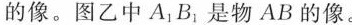
的像。图乙中A_{1}B_{1}是物AB的像。